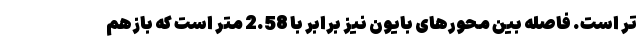
تر است. فاصله بین محورهای بایون نیز برابر با 2.58 متر است که بازهم